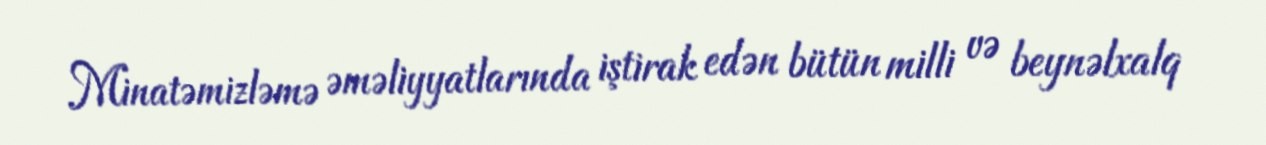
Minatəmizləmə əməliyyatlarında iştirak edən bütün milli və beynəlxalq